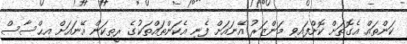
ކަންތައް އެގޮތަށް ކޮށްފައިވި މަންޒަރު އޭނައަށް ފެނި އެކަންތައްތަކުގެ ރީތިކަން އޭނައަށް އިޙްސާސް